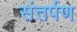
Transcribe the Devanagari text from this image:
संतर्पण